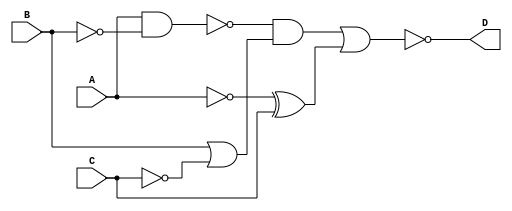
module three(A, B, C, D);
	input A,B,C;
	output D;

	assign D=~((~(A&~B)&(B|~C))|(~A^C));
endmodule